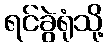
ရင်ခွဲရုံသို့